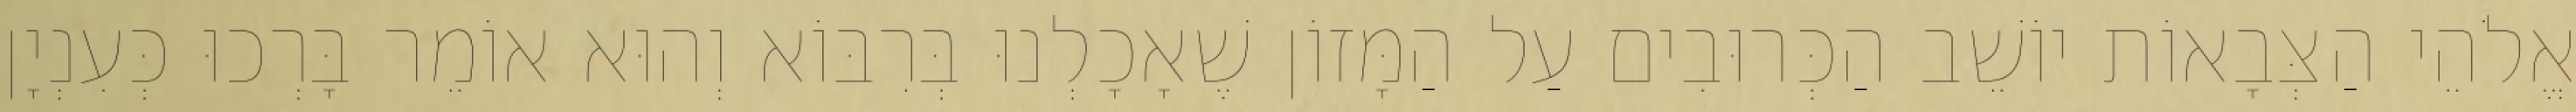
אֱלֹהֵי הַצְּבָאוֹת יוֹשֵׁב הַכְּרוּבִים עַל הַמָּזוֹן שֶׁאָכָלְנוּ בְּרִבּוֹא וְהוּא אוֹמֵר בָּרְכוּ כְּעִנְיָן